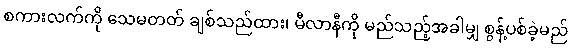
စကားလက်ကို သေမတတ် ချစ်သည်ထား၊ မီလာနီကို မည်သည့်အခါမျှ စွန့်ပစ်ခဲ့မည်